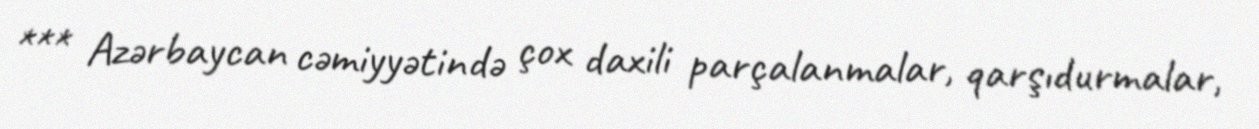
*** Azərbaycan cəmiyyətində çox daxili parçalanmalar, qarşıdurmalar,